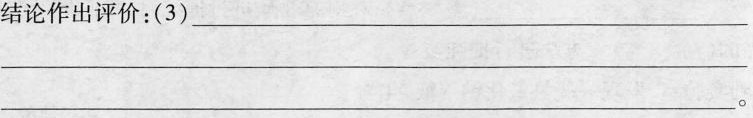
结论作出评价：(3)______ 。